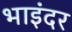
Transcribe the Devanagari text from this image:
भाइंदर